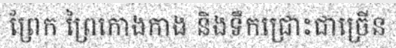
ព្រែក ព្រៃកោងកាង និងទឹកជ្រោះជាច្រើន